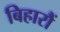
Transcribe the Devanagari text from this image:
बिहारौं